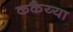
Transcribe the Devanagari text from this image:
ककैय्या